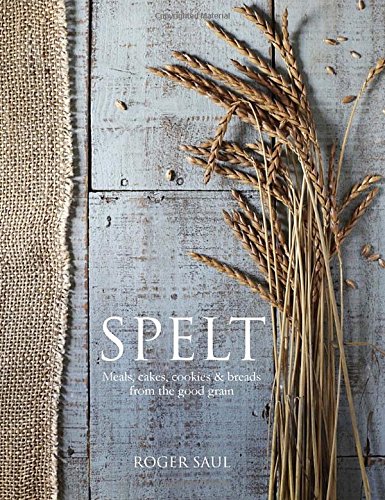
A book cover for Spelt: Meals, Cakes, Cookies & Breads From the Good Grain; Roger Saul; Cookbooks, Food & Wine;